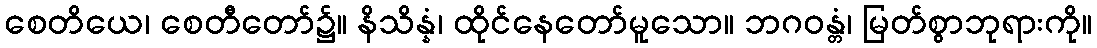
စေတိယေ၊ စေတီတော်၌။ နိသိန္နံ၊ ထိုင်နေတော်မူသော။ ဘဂဝန္တံ၊ မြတ်စွာဘုရားကို။